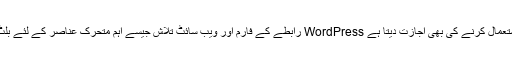
یہ نہ صرف ایک زبردست ہموار منتقلی کو یقینی بناتا ہے بلکہ آپ کو استعمال کرنے کی بھی اجازت دیتا ہے WordPress رابطے کے فارم اور ویب سائٹ تلاش جیسے اہم متحرک عناصر کے لئے بلٹ ان فعالیت کی پیش کش کرتے ہوئے ، جس طرح آپ نے پہلے کیا تھا۔